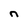
Character: n